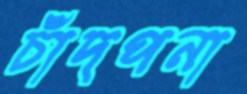
চাঁদপনা